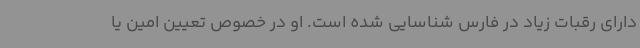
دارای رقبات زیاد در فارس شناسایی شده است. او در خصوص تعیین امین یا